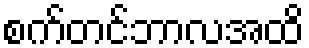
စက်တင်ဘာလအထိ